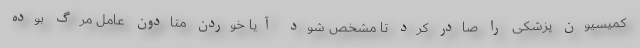
کمیسیون پزشکی را صادر کرد تا مشخص شود آیا خوردن متادون عامل مرگ بوده